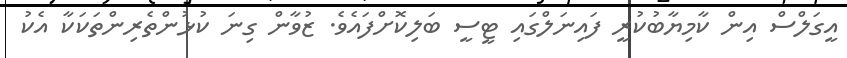
އީގަލްސް އިން ކާމިޔާބުކުރީ ފައިނަލްގައި ޓީސީ ބަލިކޮށްފައެވެ. ޒުވާން ގިނަ ކުޅުންތެރިންތަކަކާ އެކު